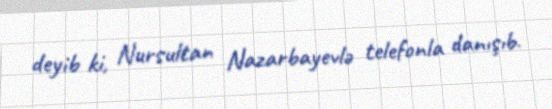
deyib ki, Nursultan Nazarbayevlə telefonla danışıb.